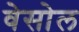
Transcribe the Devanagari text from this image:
वेसोल